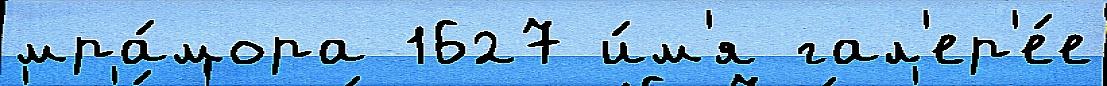
мра́мора 1627 и́м'я гал'ер'е́е